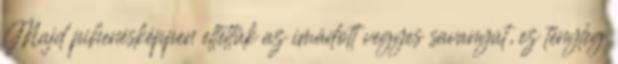
Majd pihenésképpen eltettük az imádott vegyes savanyút, ez tényleg